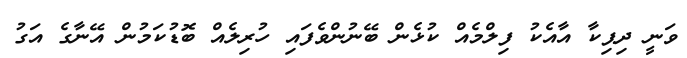
ވަނީ ދިޕިކާ އާއެކު ފިލްމެއް ކުޅެން ބޭނުންވެފައި ހުރިލެއް ބޮޑުކަމުން އޭނާގެ އަގު